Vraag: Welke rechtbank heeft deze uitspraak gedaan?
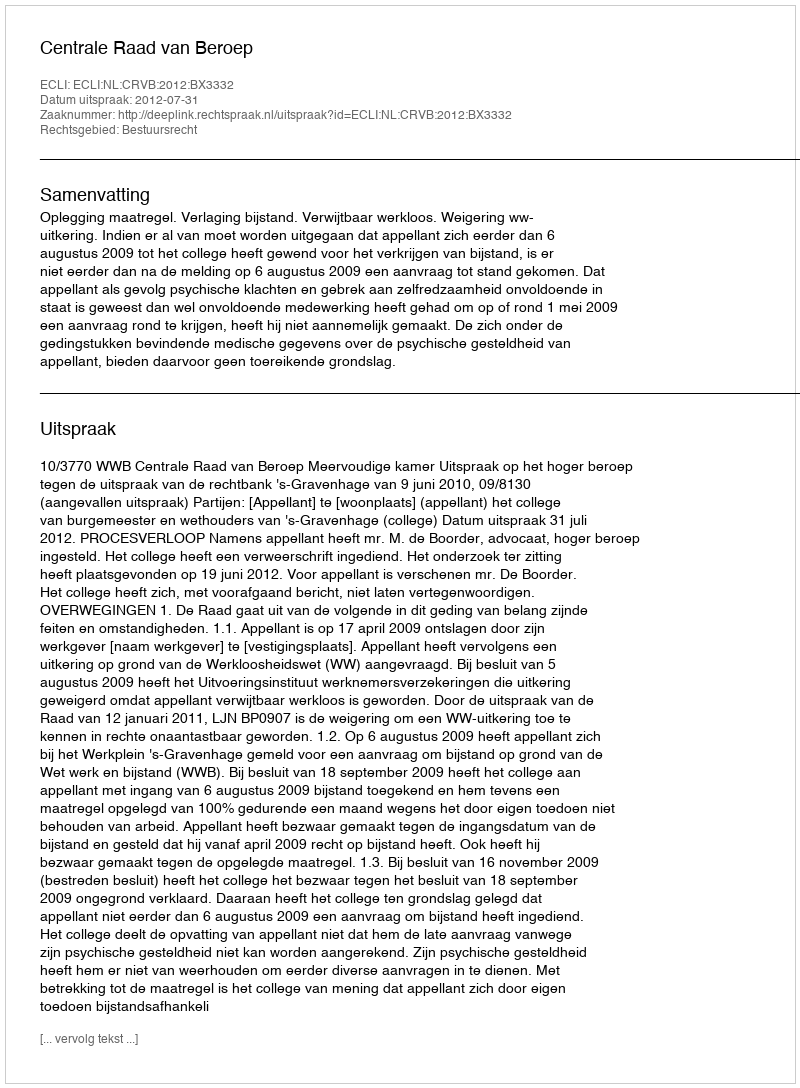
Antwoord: Centrale Raad van Beroep